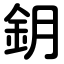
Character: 鈅